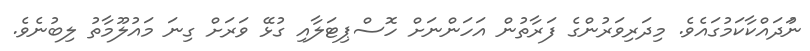
ނުަދައްކާކަމުގައެވެ. މިދަރިވަރުންގެ ފަރާތުން އަހަންނަށް ހޮސްޕިޓަލާއި ގުޅޭ ވަރަށް ގިނަ މައުލޫމާތު ލިބުނެވެ.